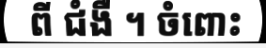
ពី ជំងឺ ។ ចំពោះ